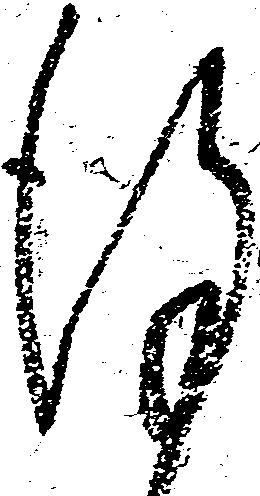
謹